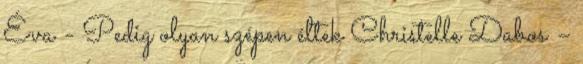
Éva - Pedig olyan szépen éltek Christelle Dabos –